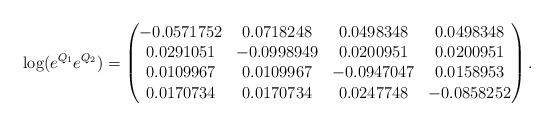
LaTeX: \begin{align*}\log(e^{Q_1}e^{Q_2})=\left(\begin{matrix} -0.0571752 & 0.0718248& 0.0498348& 0.0498348\\ 0.0291051& -0.0998949& 0.0200951& 0.0200951\\ 0.0109967& 0.0109967& -0.0947047& 0.0158953\\ 0.0170734& 0.0170734& 0.0247748& -0.0858252\end{matrix}\right).\end{align*}